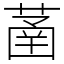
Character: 䓿